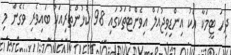
ދިހަ ޓީމަކާ އެކު އިންޑިވިޖުއަލް އިވެންޓްތަކުގައި 98 ކުޅުންތެރިއަކު ބައިވެރި ވެގެން މި